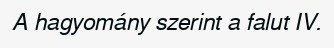
A hagyomány szerint a falut IV.